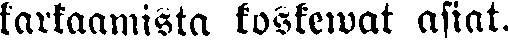
karkaamista koskewat asiat.